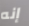
إنه